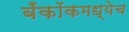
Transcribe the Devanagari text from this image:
बँकॉकमध्येच